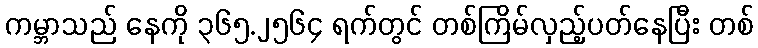
ကမ္ဘာသည် နေကို ၃၆၅.၂၅၆၄ ရက်တွင် တစ်ကြိမ်လှည့်ပတ်နေပြီး တစ်